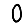
Digit: 0